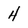
Character: 4